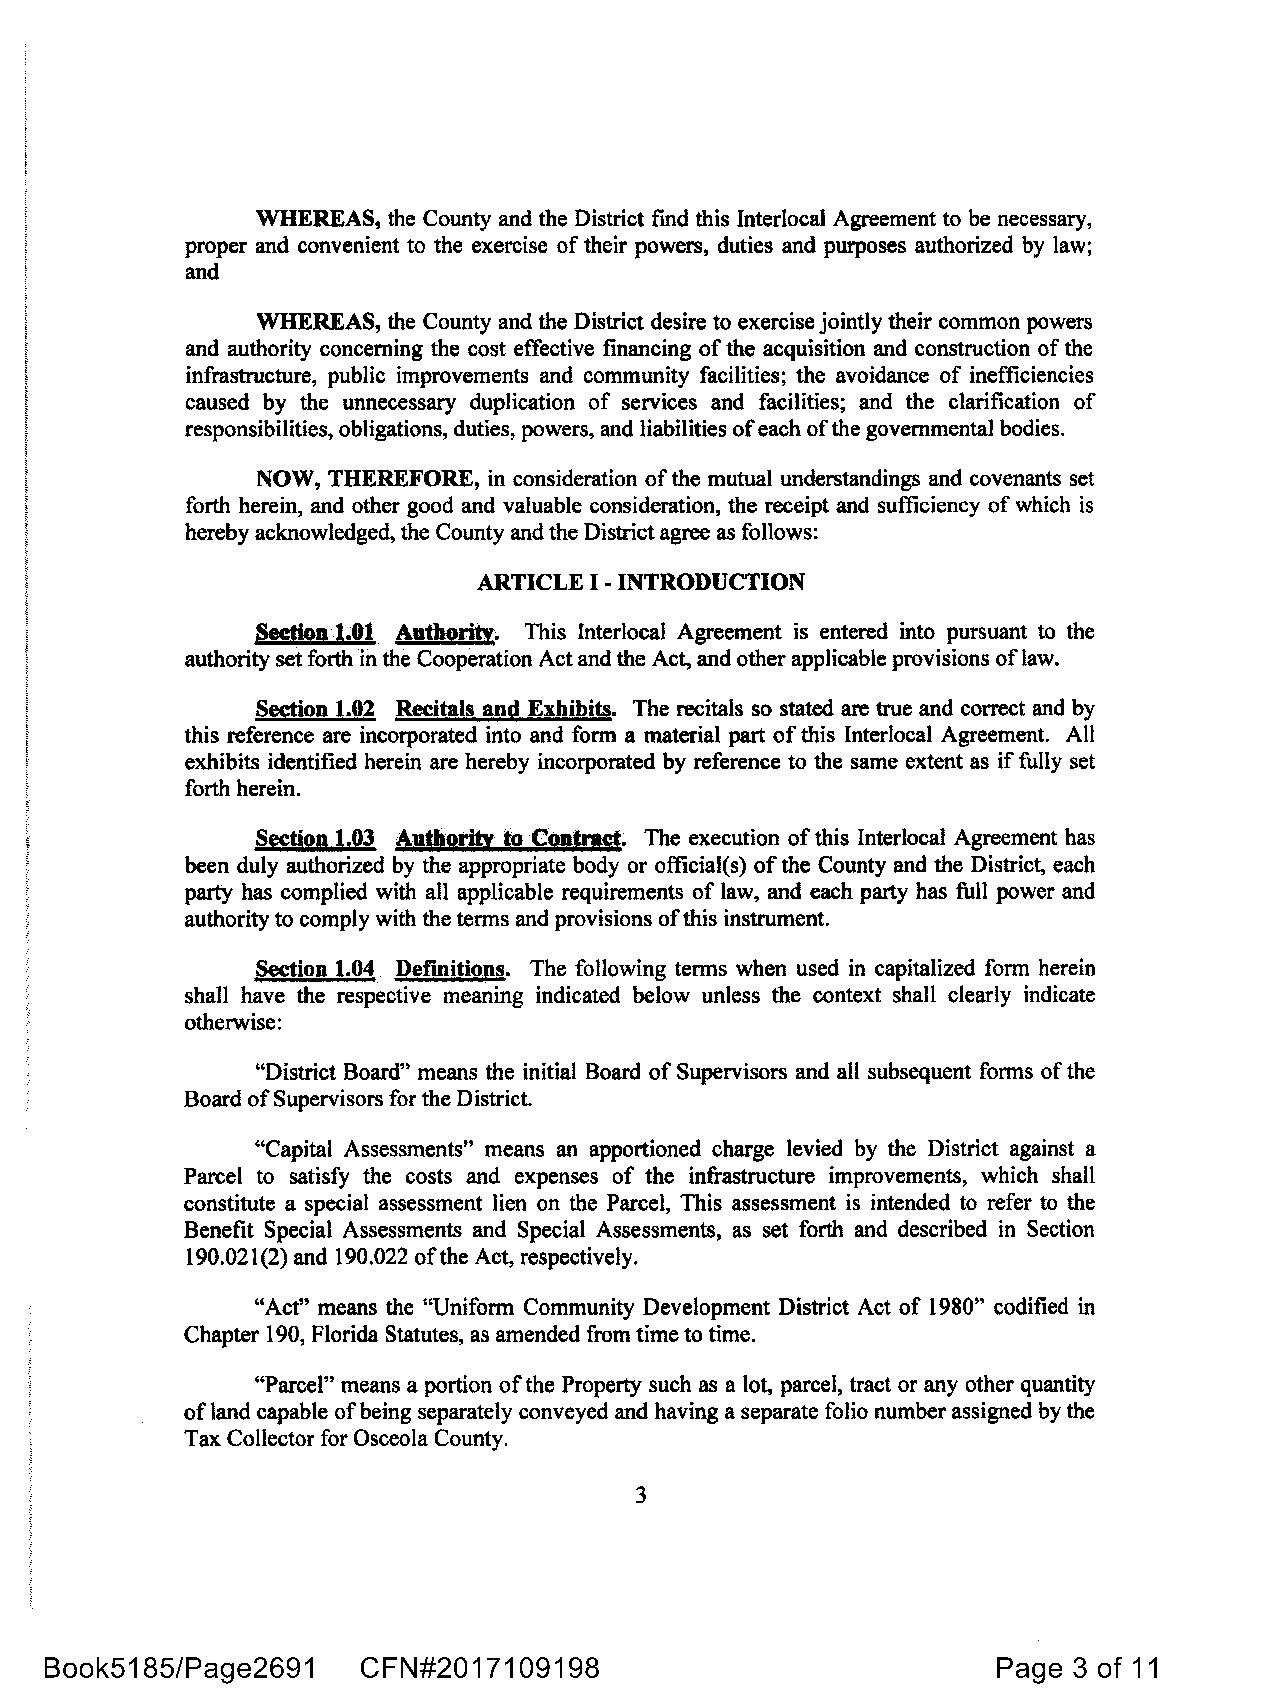
WHEREAS, the County and the District find this Interlocal Agreement to be necessary,
 proper and convenient to the exercise of their powers, duties and purposes authorized by law;
 and
 WHEREAS, the County and the District desire to exercise jointly their common powers
 and authority concerning the cost effective financing of the acquisition and construction of the
 infrastructure, public improvements and community facilities; the avoidance of inefficiencies
 caused by the unnecessary duplication of services and facilities; and the clarification of
 responsibilities, obligations, duties, powers, and liabilities ofeach of the governmental bodies.
 NOW, THEREFORE, in consideration of the mutual understandings and covenants set
 forth herein, and other good and valuable consideration, the receipt and sufficiency of which is
 hereby acknowledged, the County and the District agree as follows:
 ARTICLE I -INTRODUCTION
 Section 1.01 Authority. This Interlocal Agreement is entered into pursuant to the
 authority set forth in the Cooperation Act and the Act, and other applicable provisions of law.
 Section 1.02 Recitals and Exhibits. The recitals so stated are true and correct and by
 this reference are incorporated into and form a material part of this Interlocal Agreement. All
 exhibits identified herein are hereby incorporated by reference to the same extent as if fully set
 forth herein.
 Section 1.03 Authority to Contraet. The execution of this Interlocal Agreement has
 been duly authorized by the appropriate body or official(s) of the County and the District, each
 party has complied with all applicable requirements of law, and each party has full power and
 authority to comply with the terms and provisions ofthis instrument.
 Section 1.04 Definitions. The following terms when used in capitalized form herein
 shall have the respective meaning indicated below unless the context shall clearly indicate
 otherwise:
 "District Board" means the initial Board of Supervisors and all subsequent forms of the
 Board of Supervisors for the District.
 "Capital Assessments" means an apportioned charge levied by the District against a
 Parcel to satisfy the costs and expenses of the infrastructure improvements, which shall
 constitute a special assessment lien on the Parcel, This assessment is intended to refer to the
 Benefit Special Assessments and Special Assessments, as set forth and described in Section
 190.021(2) and 190.022 ofthe Act, respectively.
 "Act" means the "Uniform Community Development District Act of 1980" codified in
 Chapter 190, Florida Statutes, as amended from time to time.
 "Parcel" means a portion of the Property such as a lot, parcel, tract or any other quantity
 of land capable of being separately conveyed and having a separate folio number assigned by the
 Tax Collector for Osceola County.
 3
 Book5185/Page2691    CFN#2017109198                            Page 3 of 11